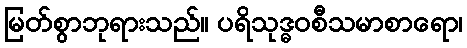
မြတ်စွာဘုရားသည်။ ပရိသုဒ္ဓဝစီသမာစာရော၊